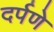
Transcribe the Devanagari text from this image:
दर्पणे